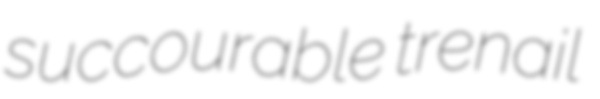
succourable trenail